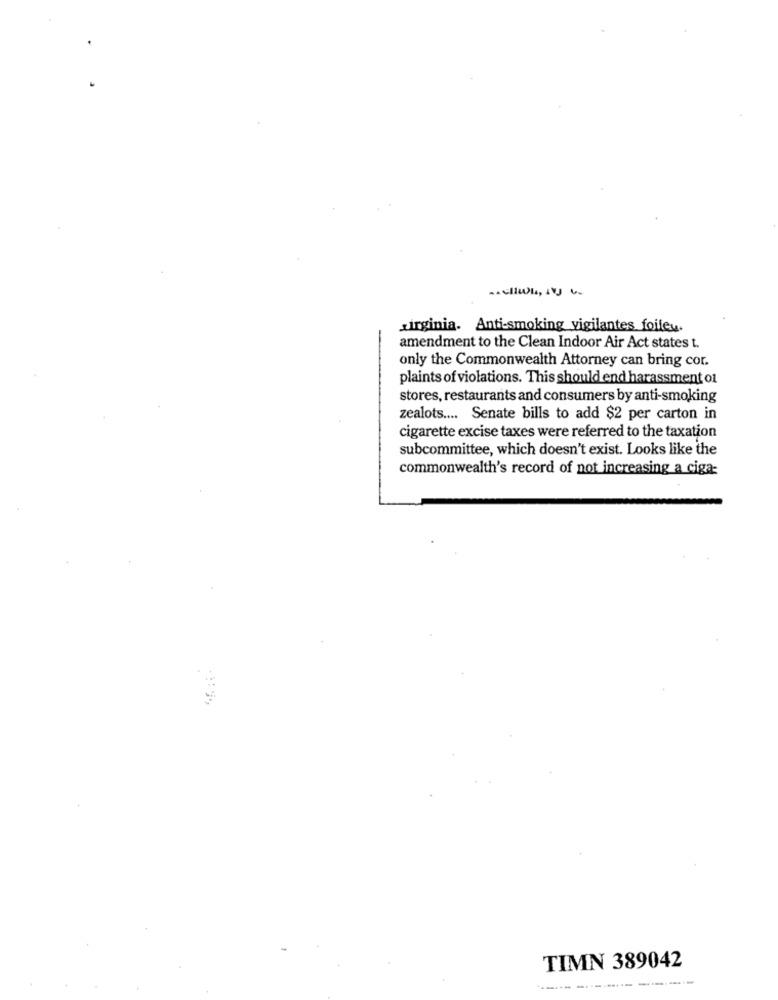
-
virginia. Anti-smoking vigilantes foileu.
amendment to the Clean Indoor Air Act states t.
only the Commonwealth Attorney can bring cor.
plaints of violations. This should end harassment ot
stores, restaurants and consumers by anti-smoking
zealots .... Senate bills to add $2 per carton in
cigarette excise taxes were referred to the taxation
subcommittee, which doesn't exist. Looks like the
commonwealth's record of not increasing a ciga:
TIMN 389042